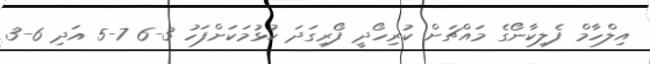
އިލްހާމް ފެލިކާނޯގެ މައްޗަށް ކުރިހޯދީ ފޯރިގަދަ ކުޅުމަކަށްފަހު 3-6 7-5 އަދި 6-3